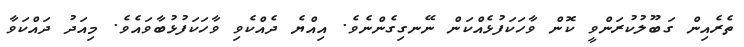
ތެރެއިން ގަބޫލުކުރަންވީ ކޮން ވާހަކަފުޅެއްކަން ނޭނގިގެންނެވެ. އިއްޔެ ދެއްކެވި ވާހަކަފުޅުބާވައެވެ. މިއަދު ދައްކަވާ